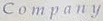
C o m p a n y